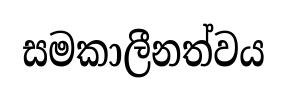
සමකාලීනත්වය